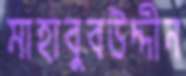
মাহাবুবউদ্দীন